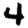
Digit: 4